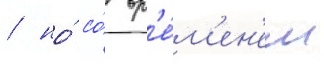
/ но́ со́ вр'е́м'ен'ем